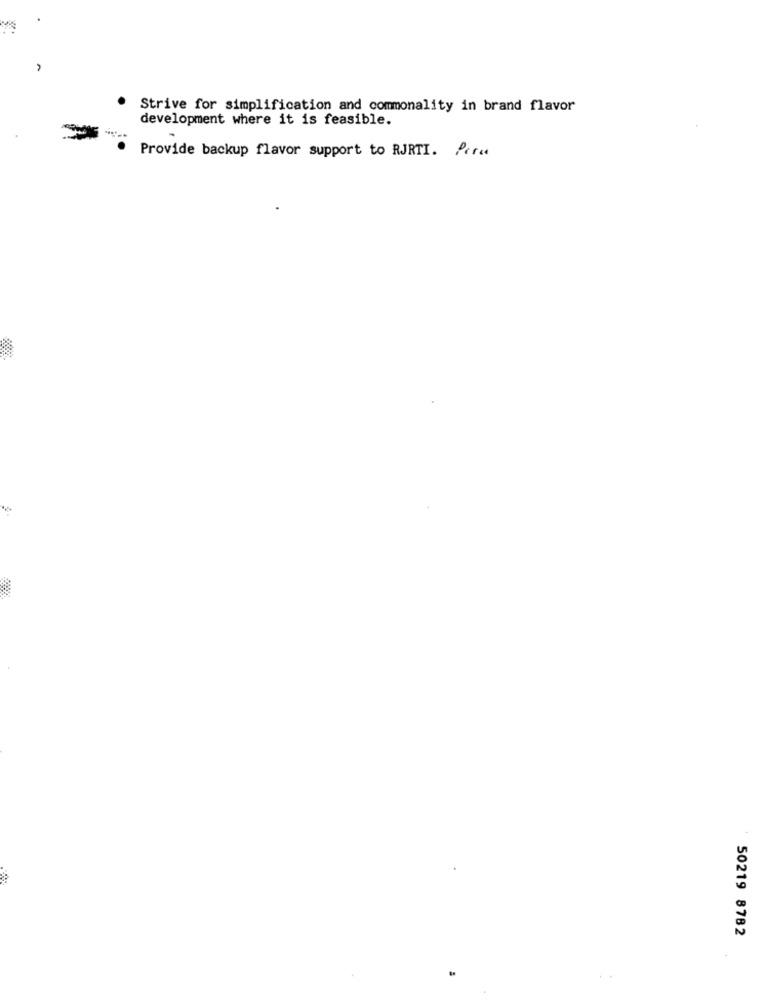
Strive for simplification and commonality in brand flavor
development where it is feasible.
Provide backup flavor support to RJRTI. P.r.
50219 8782